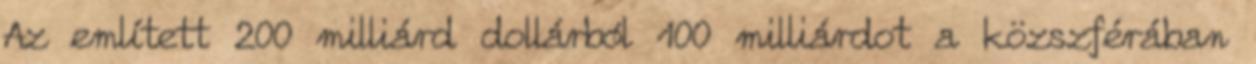
Az említett 200 milliárd dollárból 100 milliárdot a közszférában